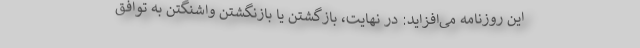
این روزنامه می‌افزاید: در نهایت، بازگشتن یا بازنگشتن واشنگتن به توافق